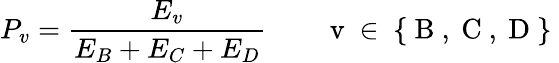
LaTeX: P_{v}=\frac{E_{v}}{E_{B}+E_{C}+E_{D}}\qquad\mathrm{~v~\in~\{ ~B~,~C~,~D~\} ~}